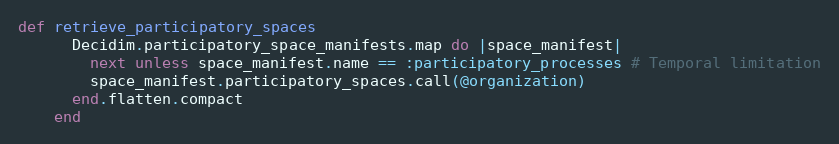
Language: Ruby
def retrieve_participatory_spaces
      Decidim.participatory_space_manifests.map do |space_manifest|
        next unless space_manifest.name == :participatory_processes # Temporal limitation
        space_manifest.participatory_spaces.call(@organization)
      end.flatten.compact
    end